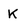
Character: K